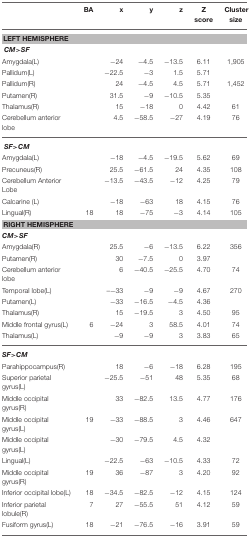
<table><thead><tr><td></td><td><b>BA</b></td><td><b>x</b></td><td><b>y</b></td><td><b>z</b></td><td><b>Z score</b></td><td><b>Cluster size</b></td></tr></thead><tbody><tr><td colspan="7"><b>LEFT HEMISPHERE</b></td></tr><tr><td colspan="7"><i><b>CM&gt;SF</b></i></td></tr><tr><td>Amygdala(L)</td><td></td><td>−24</td><td>−4.5</td><td>−13.5</td><td>6.11</td><td>1,905</td></tr><tr><td>Pallidum(L)</td><td></td><td>−22.5</td><td>−3</td><td>1.5</td><td>5.71</td><td></td></tr><tr><td>Pallidum(R)</td><td></td><td>24</td><td>−4.5</td><td>4.5</td><td>5.71</td><td>1,452</td></tr><tr><td>Putamen(R)</td><td></td><td>31.5</td><td>−9</td><td>−10.5</td><td>5.35</td><td></td></tr><tr><td>Thalamus(R)</td><td></td><td>15</td><td>−18</td><td>0</td><td>4.42</td><td>61</td></tr><tr><td>Cerebellum anterior lobe</td><td></td><td>4.5</td><td>−58.5</td><td>−27</td><td>4.19</td><td>76</td></tr><tr><td colspan="7"><i><b>SF&gt;CM</b></i></td></tr><tr><td>Amygdala(L)</td><td></td><td>−18</td><td>−4.5</td><td>−19.5</td><td>5.62</td><td>69</td></tr><tr><td>Precuneus(R)</td><td></td><td>25.5</td><td>−61.5</td><td>24</td><td>4.35</td><td>108</td></tr><tr><td>Cerebellum Anterior Lobe</td><td></td><td>−13.5</td><td>−43.5</td><td>−12</td><td>4.25</td><td>79</td></tr><tr><td>Calcarine (L)</td><td></td><td>−18</td><td>−63</td><td>18</td><td>4.15</td><td>76</td></tr><tr><td>Lingual(R)</td><td>18</td><td>18</td><td>−75</td><td>−3</td><td>4.14</td><td>105</td></tr><tr><td colspan="7"><b>RIGHT HEMISPHERE</b></td></tr><tr><td colspan="7"><i><b>CM&gt;SF</b></i></td></tr><tr><td>Amygdala(R)</td><td></td><td>25.5</td><td>−6</td><td>−13.5</td><td>6.22</td><td>356</td></tr><tr><td>Putamen(R)</td><td></td><td>30</td><td>−7.5</td><td>0</td><td>3.97</td><td></td></tr><tr><td>Cerebellum anterior lobe</td><td></td><td>6</td><td>−40.5</td><td>−25.5</td><td>4.70</td><td>74</td></tr><tr><td>Temporal lobe(L)</td><td></td><td>–−33</td><td>−9</td><td>−9</td><td>4.67</td><td>270</td></tr><tr><td>Putamen(L)</td><td></td><td>−33</td><td>−16.5</td><td>−4.5</td><td>4.36</td><td></td></tr><tr><td>Thalamus(R)</td><td></td><td>15</td><td>−19.5</td><td>3</td><td>4.50</td><td>95</td></tr><tr><td>Middle frontal gyrus(L)</td><td>6</td><td>−24</td><td>3</td><td>58.5</td><td>4.01</td><td>74</td></tr><tr><td>Thalamus(L)</td><td></td><td>−9</td><td>−9</td><td>3</td><td>3.83</td><td>65</td></tr><tr><td colspan="7"><i><b>SF&gt;CM</b></i></td></tr><tr><td>Parahippocampus(R)</td><td></td><td>18</td><td>−6</td><td>−18</td><td>6.28</td><td>195</td></tr><tr><td>Superior parietal gyrus(L)</td><td></td><td>−25.5</td><td>−51</td><td>48</td><td>5.35</td><td>68</td></tr><tr><td>Middle occipital gyrus(R)</td><td></td><td>33</td><td>−82.5</td><td>13.5</td><td>4.77</td><td>176</td></tr><tr><td>Middle occipital gyrus(L)</td><td>19</td><td>−33</td><td>−88.5</td><td>3</td><td>4.46</td><td>647</td></tr><tr><td>Middle occipital gyrus(L)</td><td></td><td>−30</td><td>−79.5</td><td>4.5</td><td>4.32</td><td></td></tr><tr><td>Lingual(L)</td><td></td><td>−22.5</td><td>−63</td><td>−10.5</td><td>4.33</td><td>72</td></tr><tr><td>Middle occipital gyrus(R)</td><td>19</td><td>36</td><td>−87</td><td>3</td><td>4.20</td><td>92</td></tr><tr><td>Inferior occipital lobe(L)</td><td>18</td><td>−34.5</td><td>−82.5</td><td>−12</td><td>4.15</td><td>124</td></tr><tr><td>Inferior parietal lobule(R)</td><td>7</td><td>27</td><td>−55.5</td><td>51</td><td>4.12</td><td>59</td></tr><tr><td>Fusiform gyrus(L)</td><td>18</td><td>−21</td><td>−76.5</td><td>−16</td><td>3.91</td><td>59</td></tr></tbody></table>